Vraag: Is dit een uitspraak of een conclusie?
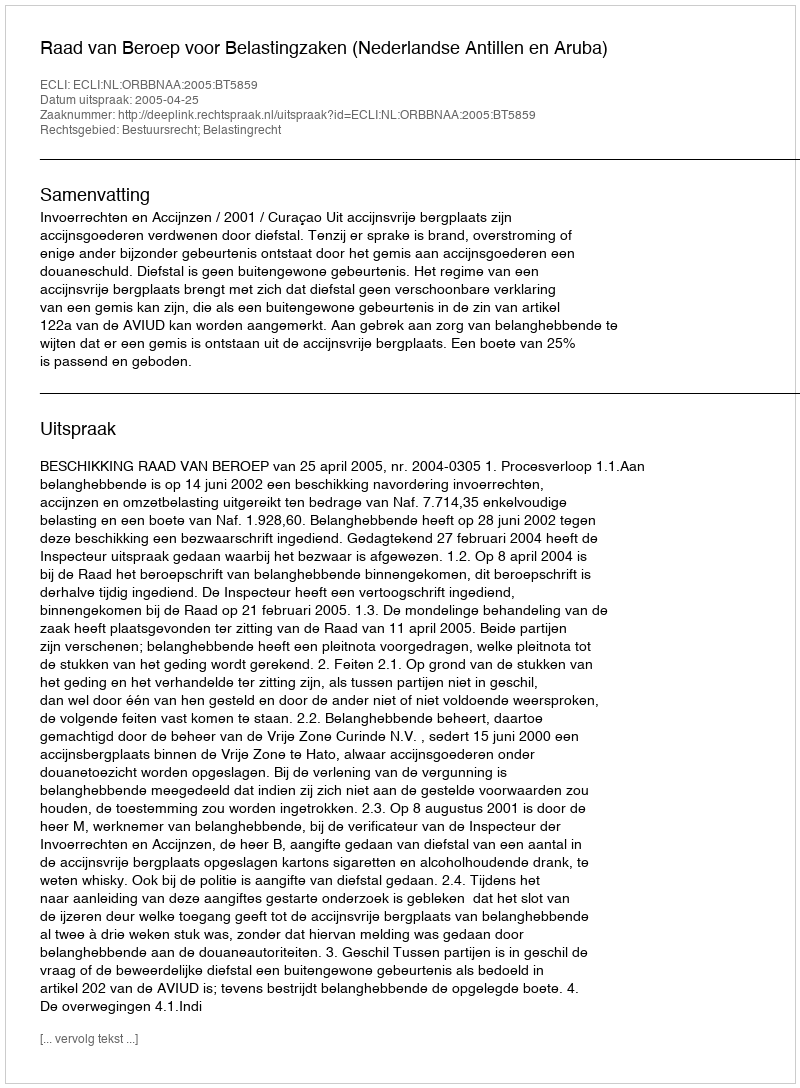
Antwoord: Uitspraak